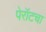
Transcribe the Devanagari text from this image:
पेरॉटचा